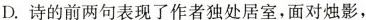
D.诗的前两句表现了作者独处居室，面对烛影，